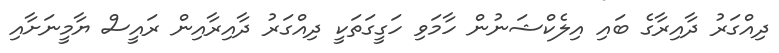
ދިއްގަރު ދާއިރާގެ ބައި އިލެކްޝަނުން ހާމަވި ހަގީގަތަކީ ދިއްގަރު ދާއިރާއިން ރައީސް ޔާމީނަށާއި